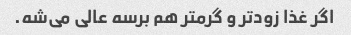
اگر غذا زودتر و گرمتر هم برسه عالی می‌شه.